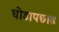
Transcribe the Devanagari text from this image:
घोडापछाड